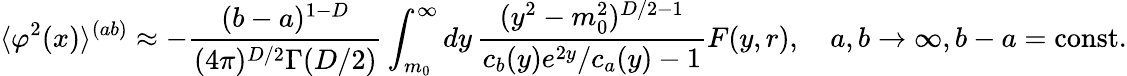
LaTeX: \langle\varphi^{2}(x)\rangle^{(ab)}\approx-\frac{(b-a)^{1-D}}{(4\pi)^{D/2}\Gamma(D/2)}\int_{m_{0}}^{\infty}dy\, \frac{(y^{2}-m_{0}^{2})^{D/2-1}}{c_{b}(y)e^{2y}/c_{a}(y)-1}F(y,r),\quad a,b\to\infty,b-a={\mathrm{const}}.